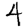
Digit: 4